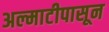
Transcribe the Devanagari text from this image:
अल्माटीपासून